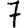
Digit: 7